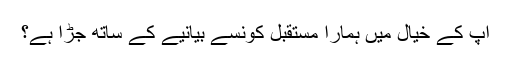
آپ کے خیال میں ہمارا مستقبل کونسے بیانیے کے ساتھ جڑا ہے؟